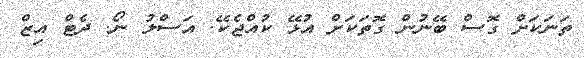
ތަނަކަށް ގޮސް ބޭނުން ގޮތަކަށް އުޅޭ ކުއްޖެކޭ. އަސްލު ނޯ. ދެޓް އިޒް